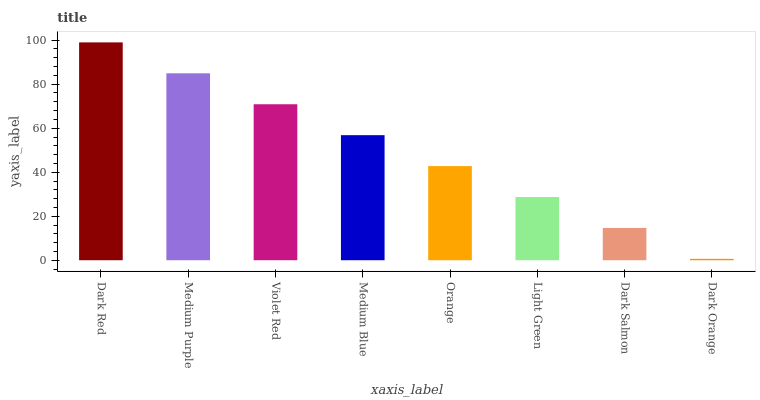
| xaxis_label | bars |
 | --- | --- |
 | Dark Red | 99 |
 | Medium Purple | 84.9 |
 | Violet Red | 70.9 |
 | Medium Blue | 56.8 |
 | Orange | 42.8 |
 | Light Green | 28.7 |
 | Dark Salmon | 14.7 |
 | Dark Orange | 0.62 |